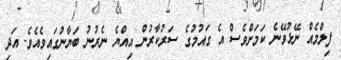
ފިލްމެއް ނޭޅުވޭނެ ކަމަށްވެސް އެ ގައުމުގެ ސަރުކާރުން އިއްޔެ ނެރުނު ބަޔާނުގައިވެއެވެ. އަދި